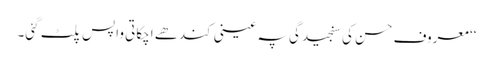
‘‘ معروف حسن کی سنجیدگی پہ عینی کندھے اچکاتی واپس پلٹ گئی۔